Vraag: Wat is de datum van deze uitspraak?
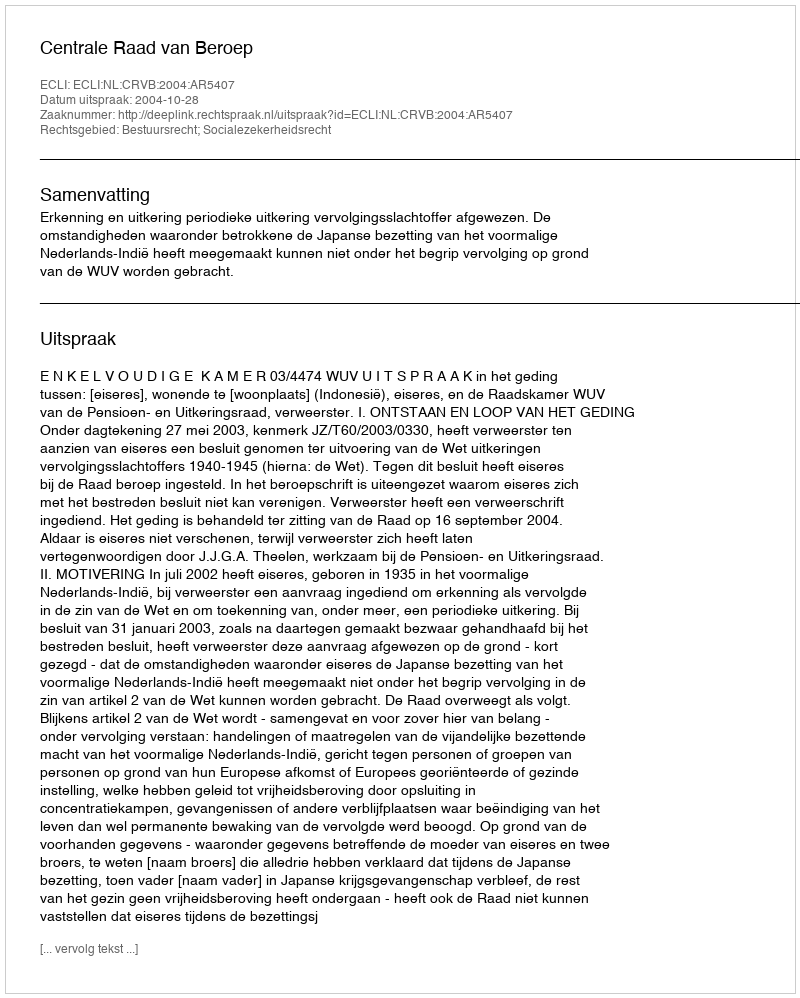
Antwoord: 2004-10-28